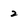
Character: 2